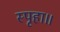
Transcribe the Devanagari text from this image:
स्पृहा॥